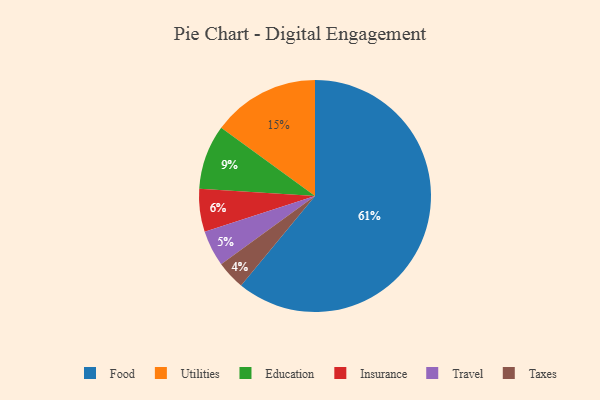
{"axis": {"x": "Category", "y": "Percentage"}, "legend": ["Education", "Food", "Insurance", "Taxes", "Travel", "Utilities"], "data": [{"x": "Utilities", "y": 15, "type": "Utilities"}, {"x": "Travel", "y": 5, "type": "Travel"}, {"x": "Insurance", "y": 6, "type": "Insurance"}, {"x": "Taxes", "y": 4, "type": "Taxes"}, {"x": "Education", "y": 9, "type": "Education"}, {"x": "Food", "y": 61, "type": "Food"}]}